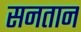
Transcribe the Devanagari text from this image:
सनतान